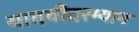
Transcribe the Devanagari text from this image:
यादवीदरम्यान